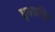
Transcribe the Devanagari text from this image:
धृवचरित्र